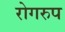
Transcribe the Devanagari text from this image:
रोगरुप